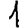
Digit: 1